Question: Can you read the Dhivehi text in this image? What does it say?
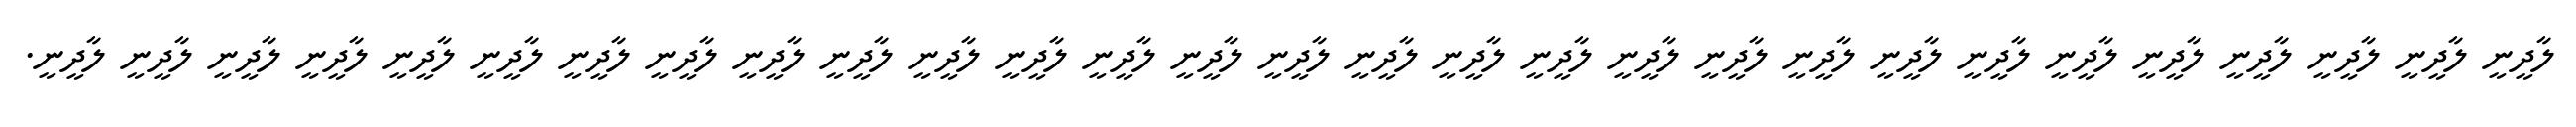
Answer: ލާދީނީ ލާދީނީ ލާދީނީ ލާދީނީ ލާދީނީ ލާދީނީ ލާދީނީ ލާދީނީ ލާދީނީ ލާދީނީ ލާދީނީ ލާދީނީ ލާދީނީ ލާދީނީ ލާދީނީ ލާދީނީ ލާދީނީ ލާދީނީ ލާދީނީ ލާދީނީ ލާދީނީ ލާދީނީ ލާދީނީ ލާދީނީ ލާދީނީ ލާދީނީ ލާދީނީ ލާދީނީ ލާދީނީ.